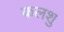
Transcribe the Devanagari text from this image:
कलशु